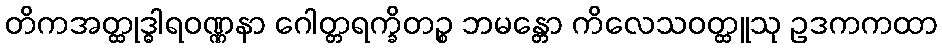
တိကအတ္ထုဒ္ဓါရဝဏ္ဏနာ ဂေါတ္တရက္ခိတဉ္စ ဘမန္တော ကိလေသဝတ္ထူသု ဥဒကကထာ